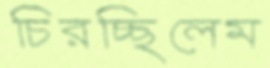
চিরচ্ছিলেম